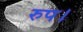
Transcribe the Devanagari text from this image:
रुप।